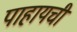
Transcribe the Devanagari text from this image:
पाहायची